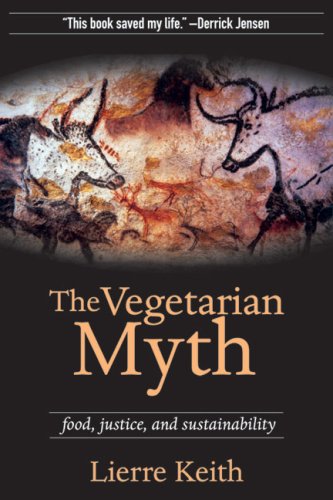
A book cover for The Vegetarian Myth: Food, Justice, and Sustainability; Lierre Keith; Science & Math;